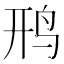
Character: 𫛚